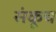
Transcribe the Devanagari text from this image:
संकूच